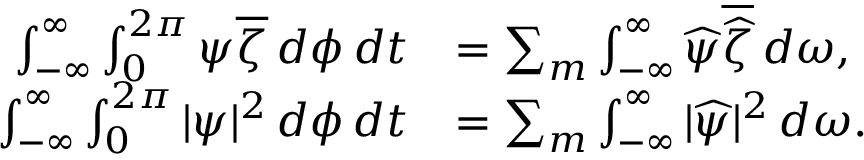
\begin{array} { r l } { \int _ { - \infty } ^ { \infty } \int _ { 0 } ^ { 2 \pi } \psi \overline { { \zeta } } \, d \phi \, d t } & { = \sum _ { m } \int _ { - \infty } ^ { \infty } \widehat { \psi } \overline { { \widehat { \zeta } } } \, d \omega , } \\ { \int _ { - \infty } ^ { \infty } \int _ { 0 } ^ { 2 \pi } | \psi | ^ { 2 } \, d \phi \, d t } & { = \sum _ { m } \int _ { - \infty } ^ { \infty } | \widehat { \psi } | ^ { 2 } \, d \omega . } \end{array}